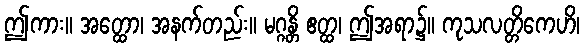
ဤကား။ အတ္ထော၊ အနက်တည်း။ မဂ္ဂန္တိ ဧတ္ထ၊ ဤအရာ၌။ ကုသလတ္တိကေဟိ၊